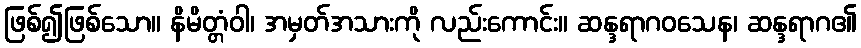
ဖြစ်၍ဖြစ်သော။ နိမိတ္တံဝါ၊ အမှတ်အသားကို လည်းကောင်း။ ဆန္ဒရာဂဝသေန၊ ဆန္ဒရာဂ၏